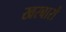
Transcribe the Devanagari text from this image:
खरबारों